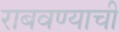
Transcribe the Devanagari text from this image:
राबवण्याची